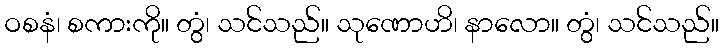
ဝစနံ၊ စကားကို။ တွံ၊ သင်သည်။ သုဏောဟိ၊ နာလော။ တွံ၊ သင်သည်။